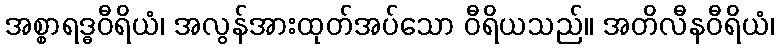
အစ္စာရဒ္ဓဝီရိယံ၊ အလွန်အားထုတ်အပ်သော ဝီရိယသည်။ အတိလီနဝီရိယံ၊